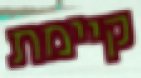
קיימת